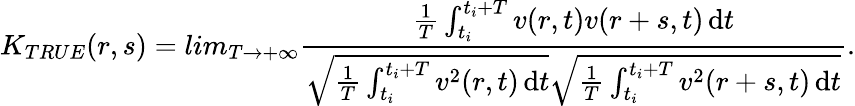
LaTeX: K_{TRUE}(r,s)=lim_{T\rightarrow+\infty}\frac{\frac{1}{T}\int_{t_{i}}^{t_{i}+T}v(r,t)v(r+s,t)\mathop{}\! \mathrm{d}t}{\sqrt{\frac{1}{T}\int_{t_{i}}^{t_{i}+T}v^{2}(r,t)\mathop{}\! \mathrm{d}t}\sqrt{\frac{1}{T}\int_{t_{i}}^{t_{i}+T}v^{2}(r+s,t)\mathop{}\! \mathrm{d}t}}.